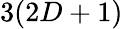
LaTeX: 3(2D+1)